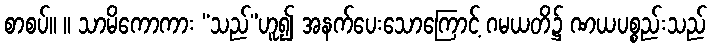
စာစပ်။ ။ သာမိကောကား “သည်”ဟူ၍ အနက်ပေးသောကြောင့် ဂမယတိ၌ ဏယပစ္စည်းသည်